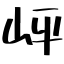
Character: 岼